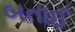
બતાઈ